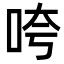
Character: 咵